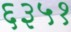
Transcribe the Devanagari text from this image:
६३५१